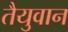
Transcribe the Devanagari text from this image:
तैयुवान